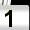
Digit: 1